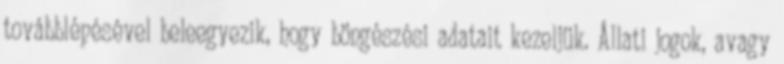
továbblépésével beleegyezik, hogy böngészési adatait kezeljük. Állati jogok, avagy